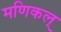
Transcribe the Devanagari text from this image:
मणिकल्